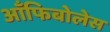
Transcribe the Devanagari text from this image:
आँफिबोलेस